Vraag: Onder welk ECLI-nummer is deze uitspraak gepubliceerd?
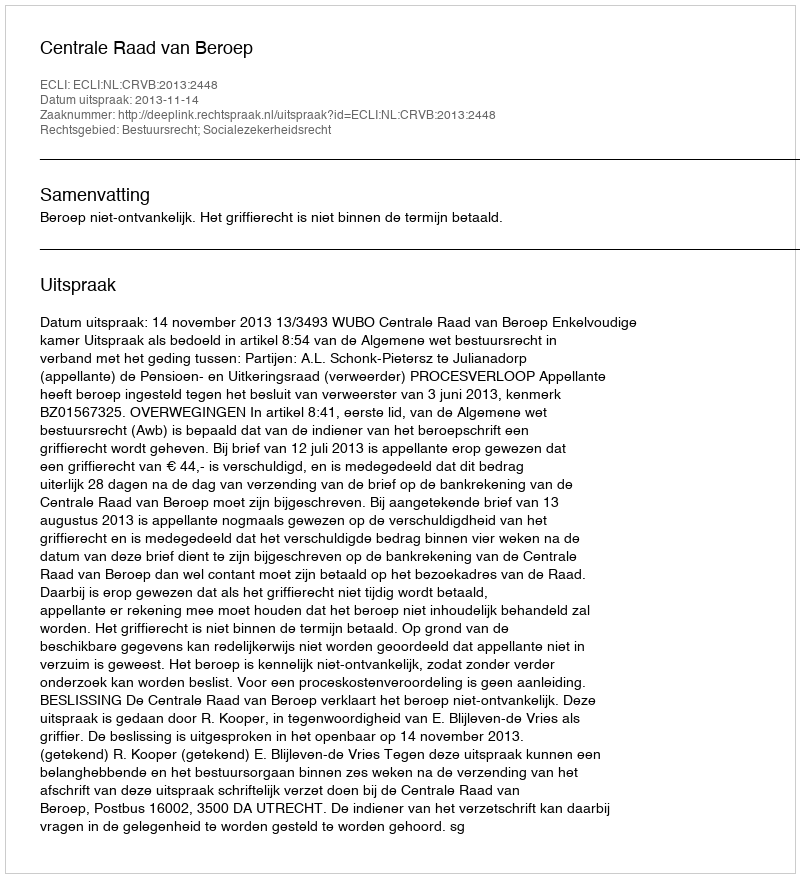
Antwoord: ECLI:NL:CRVB:2013:2448